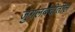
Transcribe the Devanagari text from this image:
जुगलबंदीतील